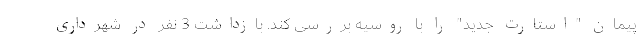
پیمان "استارت جدید" را با روسیه بررسی کند. بازداشت 3 نفر در شهرداری